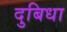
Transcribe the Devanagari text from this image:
दुबिधा